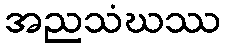
အညသံဃဿ